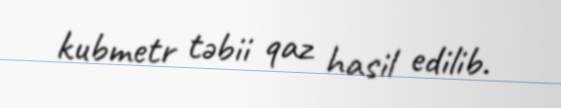
kubmetr təbii qaz hasil edilib.